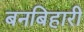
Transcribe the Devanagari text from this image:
बनबिहारी